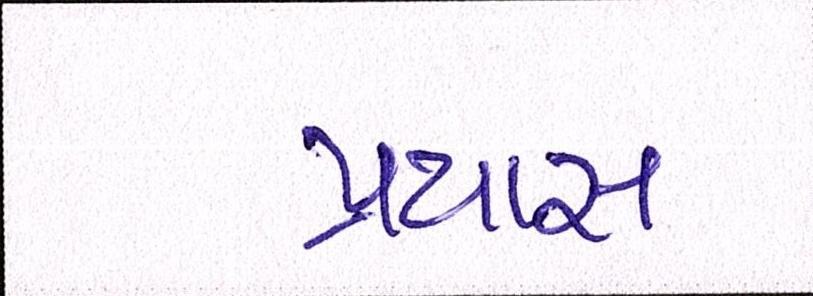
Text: પ્રયાસ